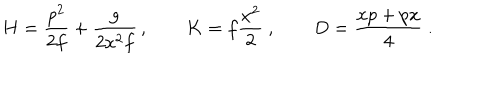
LaTeX: H = { \frac { p ^ { 2 } } { 2 f } } + { \frac { g } { 2 x ^ { 2 } f } } \, , \qquad K = f { \frac { x ^ { 2 } } { 2 } } \ , \qquad D = { \frac { x p + p x } { 4 } } \ .